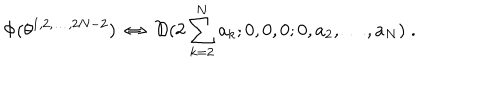
\Phi ( \theta ^ { 1 , 2 , \ldots , 2 N - 2 } ) \ \Leftrightarrow \ { \cal D } ( 2 \sum _ { k = 2 } ^ { N } a _ { k } ; 0 , 0 , 0 ; 0 , a _ { 2 } , \ldots , a _ { N } ) \; .